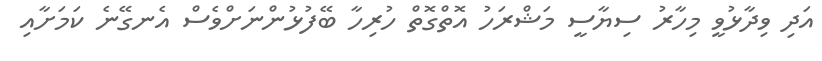
އަދި ވިދާޅުވީ މިހާރު ސިޔާސީ މަޝްރަހު އޮތްގޮތް ހުރިހާ ބޭފުޅުންނަށްވެސް އެނގޭނެ ކަމަށާއި